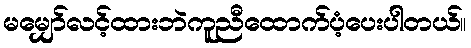
မမျှော်လင့်ထားဘဲကူညီထောက်ပံ့ပေးပါတယ်။